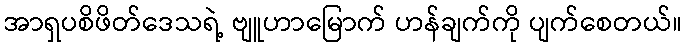
အာရှပစိဖိတ်ဒေသရဲ့ ဗျူဟာမြောက် ဟန်ချက်ကို ပျက်စေတယ်။